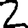
Digit: 2